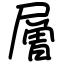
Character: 層